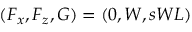
( F _ { x } , F _ { z } , G ) = ( 0 , W , s W L )